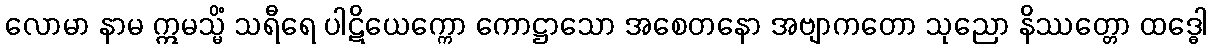
လောမာ နာမ ဣမသ္မိံ သရီရေ ပါဋိယေက္ကော ကောဋ္ဌာသော အစေတနော အဗျာကတော သုညော နိဿတ္တော ထဒ္ဓေါ